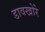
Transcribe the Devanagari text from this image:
डावखोरे